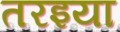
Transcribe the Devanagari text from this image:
तरइया